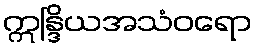
ဣန္ဒြိယအသံဝရော